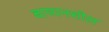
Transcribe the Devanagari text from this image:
बाष्पनशील